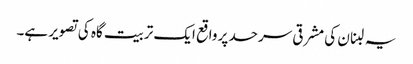
یہ لبنان کی مشرقی سرحد پر واقع ایک تربیت گاہ کی تصویر ہے۔